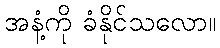
အနံ့ကို ခံနိုင်သလော။